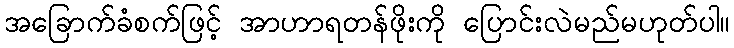
အခြောက်ခံစက်ဖြင့် အာဟာရတန်ဖိုးကို ပြောင်းလဲမည်မဟုတ်ပါ။